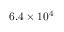
6 . 4 \times 1 0 ^ { 4 }